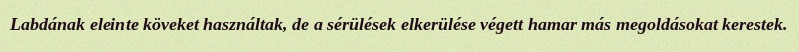
Labdának eleinte köveket használtak, de a sérülések elkerülése végett hamar más megoldásokat kerestek.